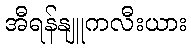
အီရန်နျူကလီးယား